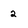
Character: 2